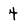
Character: 4